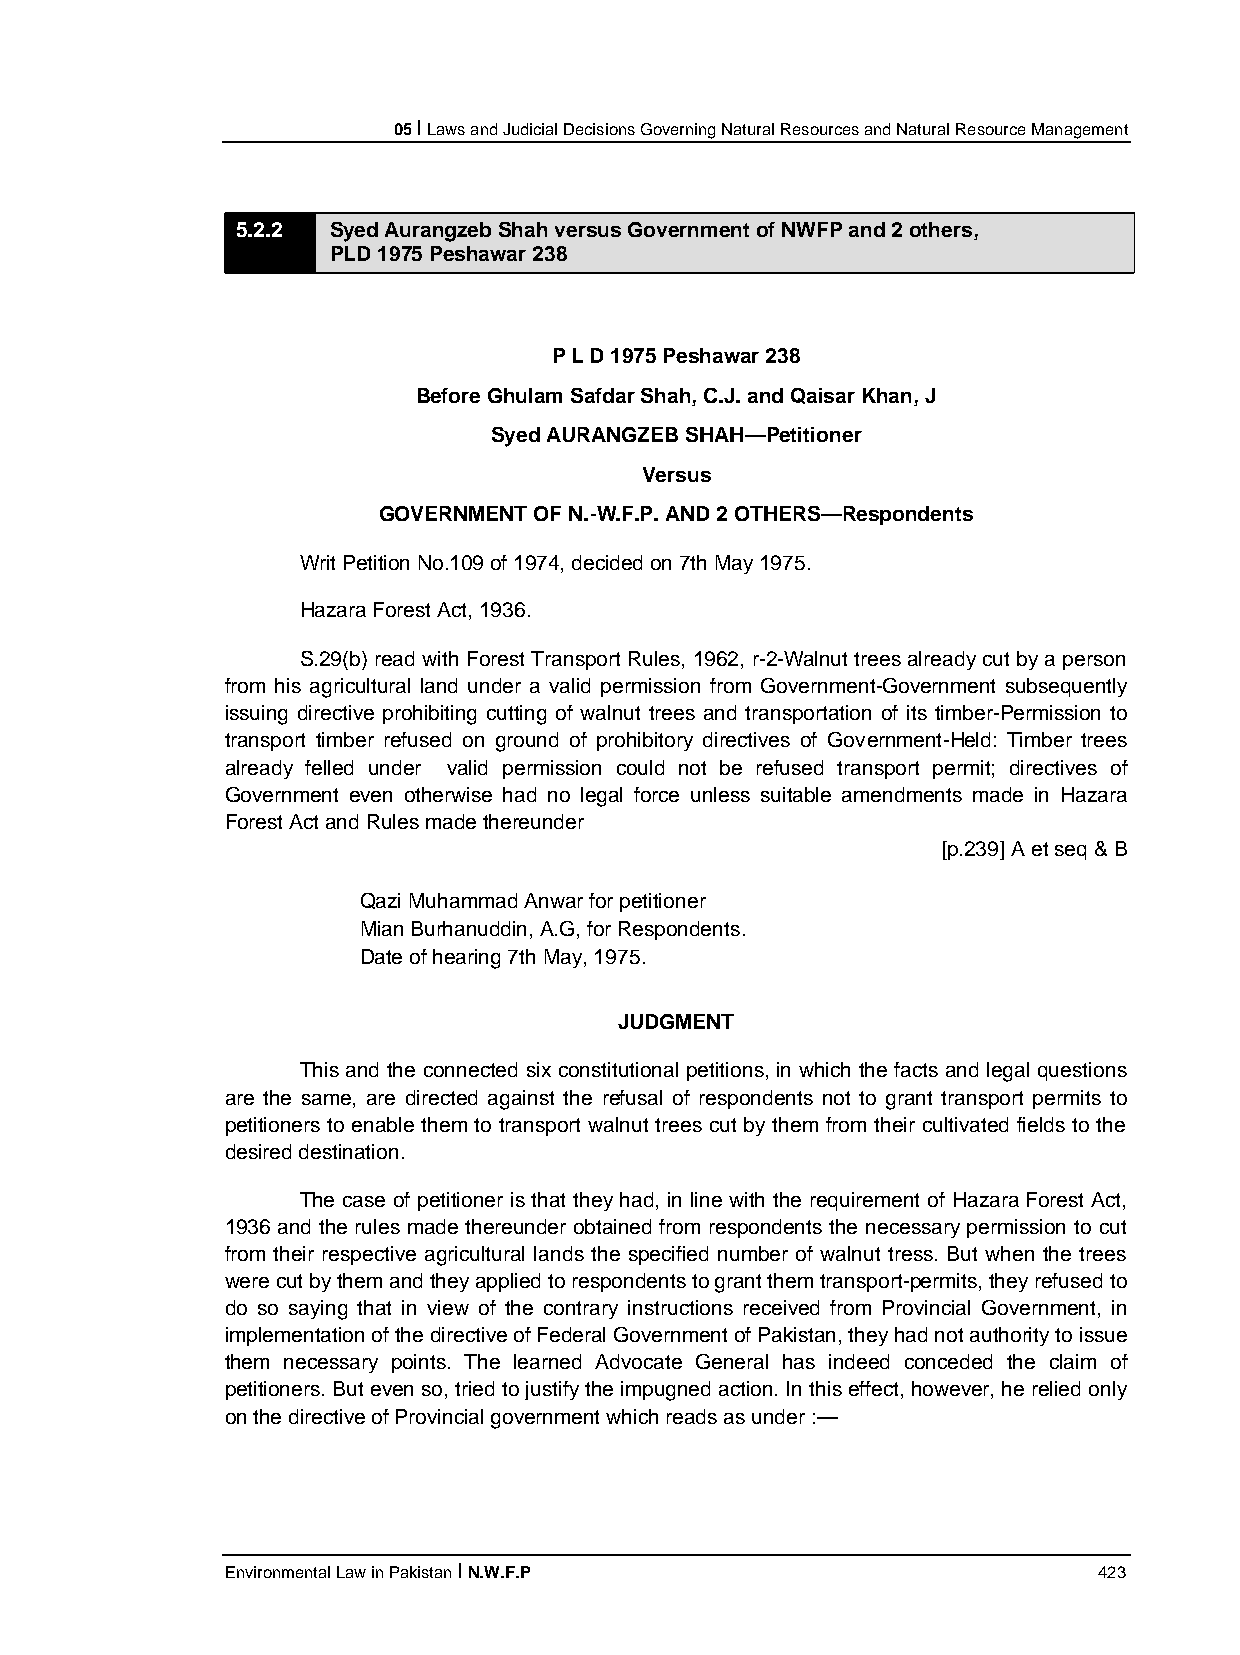
05 I Laws and Judicial Decisions Governing Natural Resources and Natural Resource Management
 5.2.2 Syed Aurangzeb Shah versus Government of NWFP and 2 others,
 PLD 1975 Peshawar 238
 P L D 1975 Peshawar 238
 Before Ghulam Safdar Shah, C.J. and Qaisar Khan, J
 Syed AURANGZEB SHAH—Petitioner
 Versus
 GOVERNMENT OF N.-W.F.P. AND 2 OTHERS—Respondents
 Writ Petition No.109 of 1974, decided on 7th May 1975.
 Hazara Forest Act, 1936.
 S.29(b) read with Forest Transport Rules, 1962, r-2-Walnut trees already cut by a person
 from his agricultural land under a valid permission from Government-Government subsequently
 issuing directive prohibiting cutting of walnut trees and transportation of its timber-Permission to
 transport timber refused on ground of prohibitory directives of Government-Held: Timber trees
 already felled under valid permission could not be refused transport permit; directives of
 Government even otherwise had no legal force unless suitable amendments made in Hazara
 Forest Act and Rules made thereunder
 [p.239] A et seq & B
 Qazi Muhammad Anwar for petitioner
 Mian Burhanuddin, A.G, for Respondents.
 Date of hearing 7th May, 1975.
 JUDGMENT
 This and the connected six constitutional petitions, in which the facts and legal questions
 are the same, are directed against the refusal of respondents not to grant transport permits to
 petitioners to enable them to transport walnut trees cut by them from their cultivated fields to the
 desired destination.
 The case of petitioner is that they had, in line with the requirement of Hazara Forest Act,
 1936 and the rules made thereunder obtained from respondents the necessary permission to cut
 from their respective agricultural lands the specified number of walnut tress. But when the trees
 were cut by them and they applied to respondents to grant them transport-permits, they refused to
 do so saying that in view of the contrary instructions received from Provincial Government, in
 implementation of the directive of Federal Government of Pakistan, they had not authority to issue
 them necessary points. The learned Advocate General has indeed conceded the claim of
 petitioners. But even so, tried to justify the impugned action. In this effect, however, he relied only
 on the directive of Provincial government which reads as under :—
 Environmental Law in Pakistan I N.W.F.P                   423